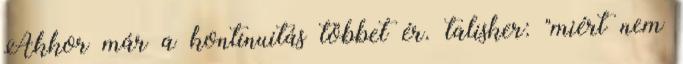
Akkor már a kontinuitás többet ér. talisker: "miért nem